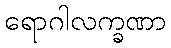
ရောဂါလက္ခဏာ